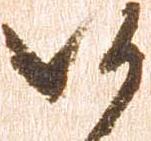
候